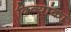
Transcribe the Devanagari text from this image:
दिव्यांका